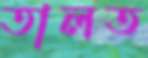
তালত